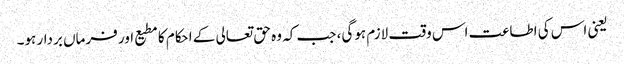
یعنی اس کی اطاعت اس وقت لازم ہوگی، جب کہ وہ حق تعالی کے احکام کا مطیع اور فرماں بردار ہو۔